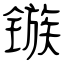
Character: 镞